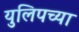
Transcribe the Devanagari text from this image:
युलिपच्या